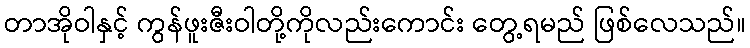
တာအိုဝါနှင့် ကွန်ဖူးဇီးဝါတို့ကိုလည်းကောင်း တွေ့ရမည် ဖြစ်လေသည်။